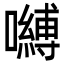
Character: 嚩